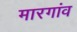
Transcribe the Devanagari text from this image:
मारगांव